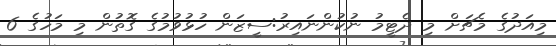
މިއަދުގެ މެޗަށް މި ދެޓީމު ނުކުންނައިރު:ސީޒަން ހުޅުވުމުގެ ގޮތުން މި މަހުގެ 6